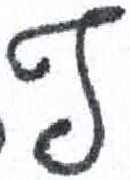
אות: ף